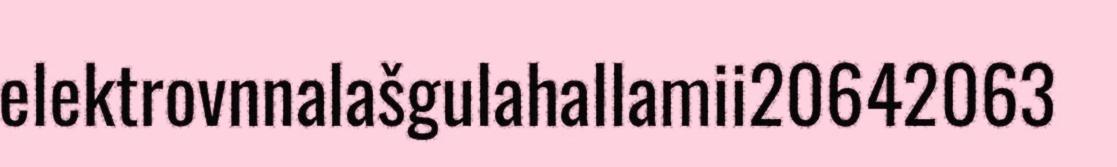
elektrovnnalašgulahallamii20642063